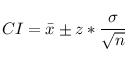
C I = \Bar { x } \pm z * \frac { \sigma } { \sqrt { n } }